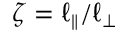
\zeta = \ell _ { \parallel } / \ell _ { \perp }